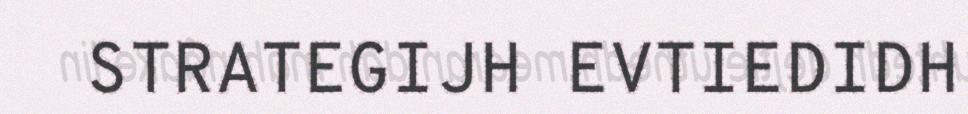
STRATEGIJH EVTIEDIDH